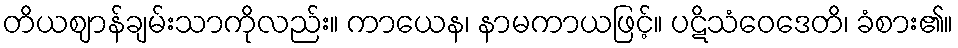
တိယဈာန်ချမ်းသာကိုလည်း။ ကာယေန၊ နာမကာယဖြင့်။ ပဋိသံဝေဒေတိ၊ ခံစား၏။